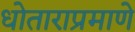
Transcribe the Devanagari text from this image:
धोताराप्रमाणे